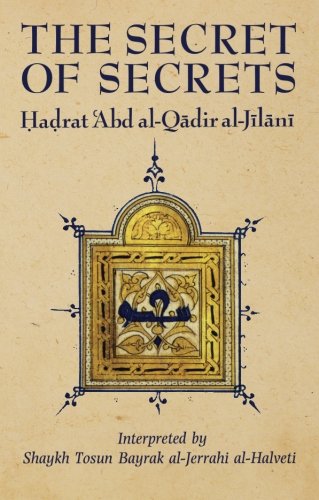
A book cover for The Secret of Secrets (Golden Palm Series); Abd al-Qadir al-Jilani; Religion & Spirituality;